Vaccination in the Punjab 1905-1918 - 1905-1918
Year: 1905
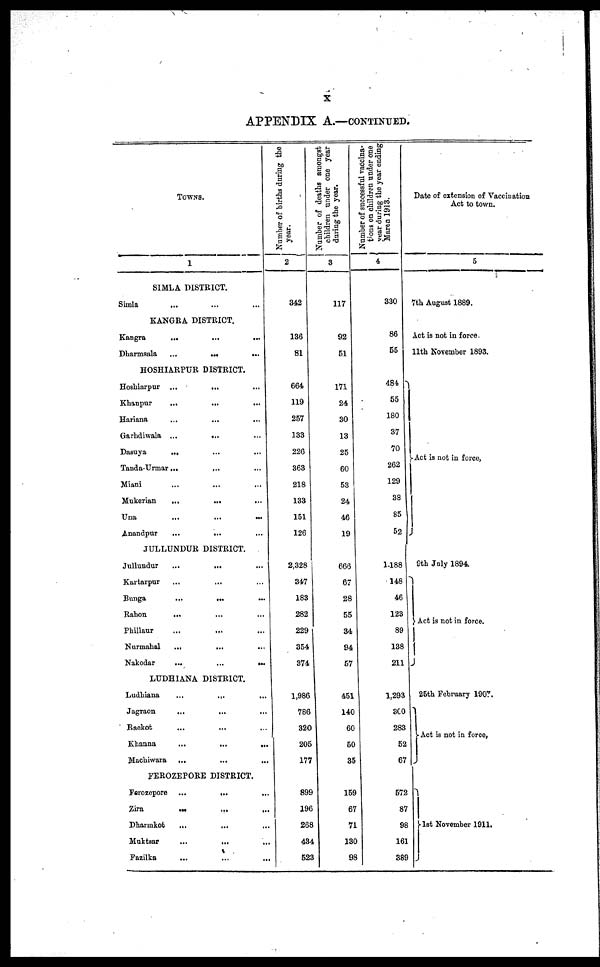
x
APPENDIX A.—CONTINUED.
TOWNS.
1
SIMLA DISTRICT.
Simla
... ... ...
KANGRA DISTRICT.
Kangra
...
...
...
Dharmsala ... ... ...
HOSHIARPUR DISTRICT.
Hoshiarpur ...
... ...
Khanpur
...
...
...
Hariana ... ... ...
Garhdiwala ...
... ...
Dasuya
... ... ...
Tanda-Urmar... ... ...
Miani
...
...
...
Mukerian
...
...
...
Una ... ... ...
Anandpur
...
... ...
JULLUNDUR DISTRICT.
Jullundur ... ... ...
Kartarpur ... ... ...
Bunga
...
...
...
Rahon
... ... ...
Phillaur
...
... ...
Nurmahal
... ... ...
Nakodar
...
...
...
LUDHIANA DISTRICT.
Ludhiana
...
... ...
Jagraon
...
...
...
Raekot ... ... ...
Khanna
...
...
...
Machiwara
... ... ...
FEROZEPORE DISTRICT.
Ferozepore ...
... ...
Zira
...
...
...
Dharmkot
...
... ...
Muktsar
...
...
...
Fazilka
...
...
...
Number of births during the
year.
2
342
136
81
664
119
257
133
226
363
218
133
151
126
2,328
347
183
282
229
354
374
1,986
786
320
205
177
899
196
268
434
523
Number of deaths amongst
children under one year
during the year.
3
117
92
51
171
24
30
13
25
60
53
24
46
19
666
67
28
55
34
94
57
451
140
60
50
35
159
67
71
130
98
Number of successful vaccina-
tions on children under one
year during the year ending
March 1913.
4
330
86
55
484
55
180
37
70
262
129
38
85
52
1,188
148
46
123
89
138
211
1,293
300
283
52
67
572
87
98
161
389
Date of extension of Vaccination
Act to town.
5
7th August 1889.
Act is not in force.
11th November 1893.
Act is not in force,
9th July 1894.
Act is not in force.
25th February 1907.
Act is not in force,
1st November 1911.